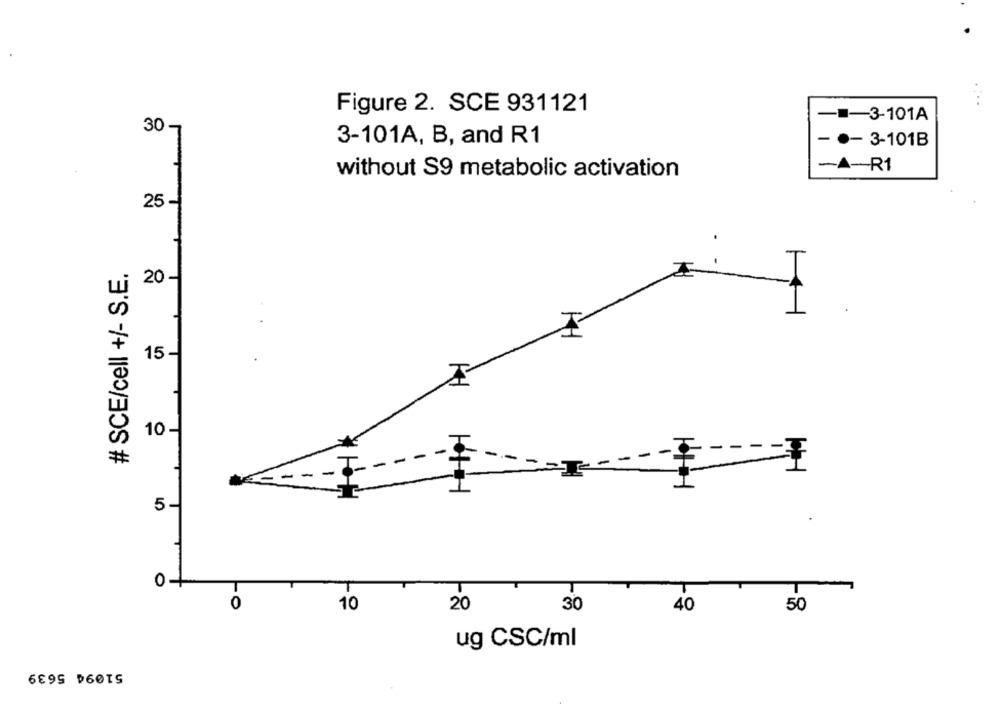
Figure 2. SCE 931121
-=- 3-101A
30
- .- 3-101B
3-101A, B, and R1
-A-R1
without S9 metabolic activation
25 -
# SCE/cell +/- S.E.
20-
15-
10 -
-
-
--
1
1
5-
O
T
T
T
0
10
20
30
40
50
ug CSC/ml
51094 5639